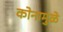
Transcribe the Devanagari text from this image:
कोनामुळे